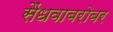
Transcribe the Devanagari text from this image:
सैंधवाबरोबर